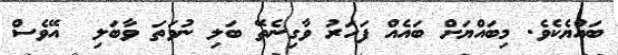
ބައްޔެކެވެ. މިބައްޔަށް ބައެއް ފަހަރު ވާގިނެތޭ ބަލި ނުވަތަ ވާބަލި  އޭވެސް